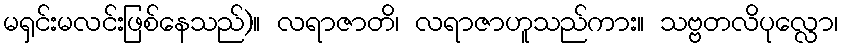
မရှင်းမလင်းဖြစ်နေသည်)။ လရာဇာတိ၊ လရာဇာဟူသည်ကား။ သဗ္ဗတလိပုလ္လော၊